Indian journal of veterinary science and animal husbandry - Volume 9,
Year: 1939
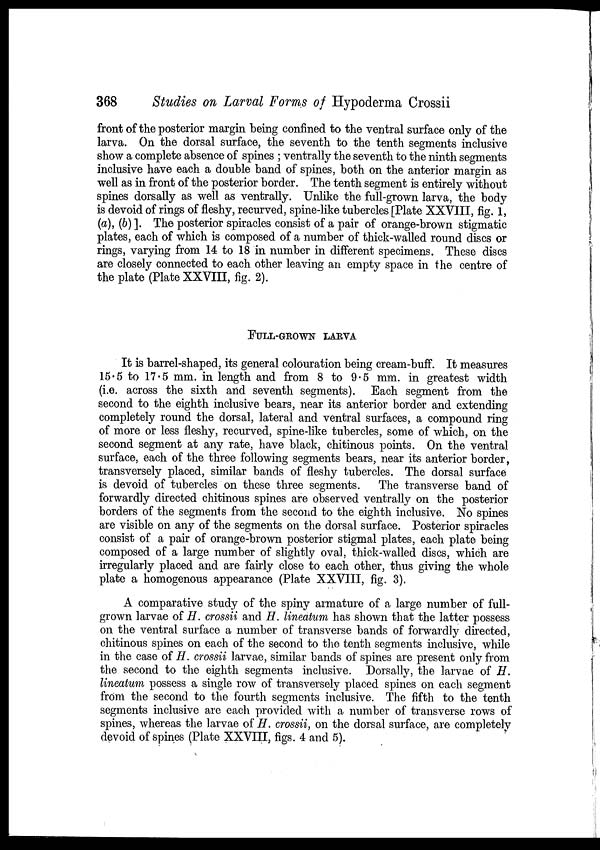
368
Studies on Larval Forms of Hypoderma Crossii
front of the posterior margin being confined to the ventral surface only of the
larva. On the dorsal surface, the seventh to the tenth segments inclusive
show a complete absence of spines ; ventrally the seventh to the ninth segments
inclusive have each a double band of spines, both on the anterior margin as
well as in front of the posterior border. The tenth segment is entirely without
spines dorsally as well as ventrally. Unlike the full-grown larva, the body
is devoid of rings of fleshy, recurved, spine-like tubercles [Plate XXVIII, fig. 1,
(a), (b) ]. The posterior spiracles consist of a pair of orange-brown stigmatic
plates, each of which is composed of a number of thick-walled round discs or
rings, varying from 14 to 18 in number in different specimens. These discs
are closely connected to each other leaving an empty space in the centre of
the plate (Plate XXVIII, fig. 2).
FULL-GROWN LARVA
It is barrel-shaped, its general colouration being cream-buff. It measures
15.5 to 17.5 mm. in length and from 8 to 9.5 mm. in greatest width
(i.e. across the sixth and seventh segments). Each segment from the
second to the eighth inclusive bears, near its anterior border and extending
completely round the dorsal, lateral and ventral surfaces, a compound ring
of more or less fleshy, recurved, spine-like tubercles, some of which, on the
second segment at any rate, have black, chitinous points. On the ventral
surface, each of the three following segments bears, near its anterior border,
transversely placed, similar bands of fleshy tubercles. The dorsal surface
is devoid of tubercles on these three segments. The transverse band of
forwardly directed chitinous spines are observed ventrally on the posterior
borders of the segments from the second to the eighth inclusive. No spines
are visible on any of the segments on the dorsal surface. Posterior spiracles
consist of a pair of orange-brown posterior stigmal plates, each plate being
composed of a large number of slightly oval, thick-walled discs, which are
irregularly placed and are fairly close to each other, thus giving the whole
plate a homogenous appearance (Plate XXVIII, fig. 3).
A comparative study of the spiny armature of a large number of full-
grown larvae of H. crossii and H. lineatum has shown that the latter possess
on the ventral surface a number of transverse bands of forwardly directed,
chitinous spines on each of the second to the tenth segments inclusive, while
in the case of H. crossii larvae, similar bands of spines are present only from
the second to the eighth segments inclusive. Dorsally, the larvae of H.
lineatum possess a single row of transversely placed spines on each segment
from the second to the fourth segments inclusive. The fifth to the tenth
segments inclusive are each provided with a number of transverse rows of
spines, whereas the larvae of H. crossii, on the dorsal surface, are completely
devoid of spines (Plate XXVIII, figs. 4 and 5).